Reports on dispensaries and lunatic asylums in the Province of Oudh - 1869-1876
Year: 1869
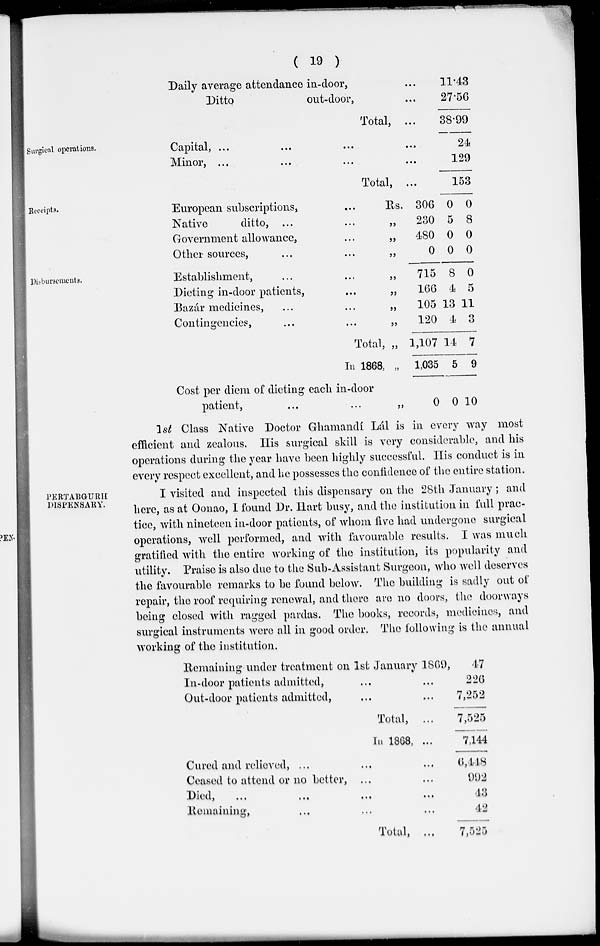
( 19 )
Daily average attendance in-door, ...
Ditto
out-door, ...
Total, ...
11.43
27.56
38.99
Surgical operations.
Capital, ... ... ... ...
Minor,
...
...
...
...
Total, ...
24
129
153
Receipts.
European subscriptions, ...
Native
ditto, ... ...
Government allowance, ...
Other sources, ... ...
Rs.
„
„
„
306
230
480
0
0
5
0
0
0
8
0
0
Disbursements.
Establishment, ... ...
Dieting in-door patients, ...
Bazár medicines, ... ...
Contingencies, ... ...
Total,
In 1868,
Cost per diem of dieting each in-door
patient, ... ...
„
„
„
„
„
„
„
715
166
105
120
1,107
1,035
0
8
4
13
4
14
5
0
0
5
11
3
7
9
10
1st Class Native Doctor Ghamandí Lál is in every way most
efficient and zealous. His surgical skill is very considerable, and his
operations during the year have been highly successful. His conduct is in
every respect excellent, and he possesses the confidence of the entire station.
PERTABGURH
DISPENSARY.
I visited and inspected this dispensary on the 28th January; and
here, as at Oonao, I found Dr. Ilart busy, and the institution in full prac-
tice, with nineteen in-door patients, of whom five had undergone surgical
operations, well performed, and with favourable results. I was much
gratified with the entire working of the institution, its popularity and
utility. Praise is also due to the Sub-Assistant Surgeon, who well deserves
the favourable remarks to be found below. The building is sadly out of
repair, the roof requiring renewal, and there are no doors, the doorways
being closed with ragged pardas. The books, records, medicines, and
surgical instruments were all in good order. The following is the annual
working of the institution.
Remaining under treatment on 1st January 1869,
In-door patients admitted, ... ...
Out-door patients admitted, ... ...
Total, ...
In 1868, ...
Cured and relieved, ... ... ...
Ceased to attend or no better, ... ...
Died,
...
...
...
...
Remaining, ... ... ...
Total, ...
47
226
7,252
7,525
7,144
6,448
992
43
42
7,525